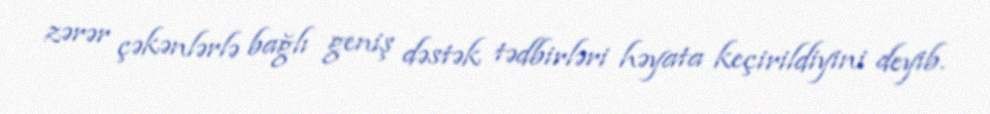
zərər çəkənlərlə bağlı geniş dəstək tədbirləri həyata keçirildiyini deyib.